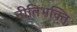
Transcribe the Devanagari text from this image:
नीतिभक्ति